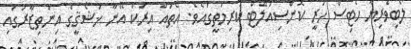
ލޯބިވެރިޔާ ހެޓިސް ހުރީ ކޮންސިއުލޭޓް ކުރިމަތީގައެވެ. އެތައް އިރަކު އޭނާ ޚަޝޯޤީގެ އިންތިޒާރުގައި